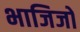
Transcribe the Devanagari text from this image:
भाजिजो